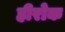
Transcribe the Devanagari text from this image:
हीरोक